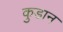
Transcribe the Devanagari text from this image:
कुडान